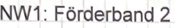
Text: NW1: Förderband 2